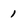
Character: 1